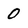
Character: 0